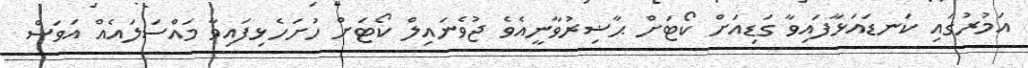
އަމުރުގައި ކަނޑައަޅާފައިވާ ގަޑިއަށް ކޯޓަށް ޙާޟިރުވާނީއެވެ ޖުވެނައިލް ކޯޓަށް ހުށަހެޅިފައިވާ މައްސަލައެއް އަވަސް